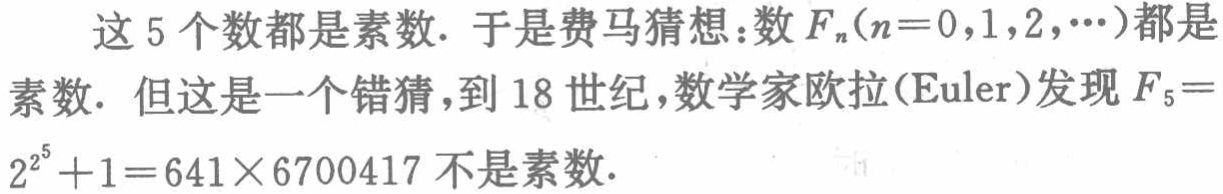
这5个数都是素数. 于是费马猜想：数\(F_{n}(n = 0,1,2,\cdots)\)都是素数. 但这是一个错猜，到18世纪，数学家欧拉(Euler)发现\(F_{5}=2^{2^{5}} + 1 = 641\times6700417\)不是素数.